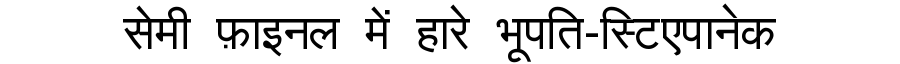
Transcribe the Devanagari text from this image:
सेमी फ़ाइनल में हारे भूपति-स्टिएपानेक